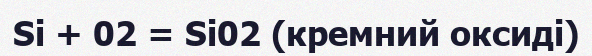
Si + 02 = Si02 (кремний оксиді)